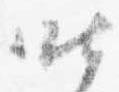
昨